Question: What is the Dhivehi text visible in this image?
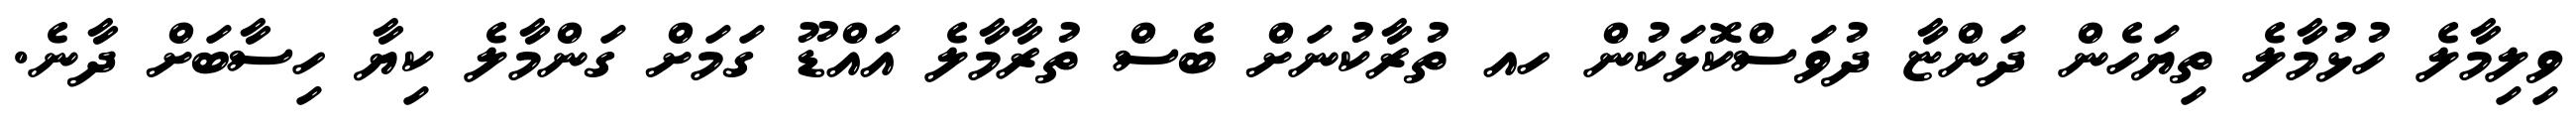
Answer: ވިލިމާލެ ހުޅުމާލެ ތިޔަހެން ދަންޏާ ދުވަސްކޮޅަކުން ހއ ތުރާކުނަށް ބެސް ތުރާމާލެ އައްޑޫ ގަމަށް ގަންމާލެ ކިޔާ ހިސާބަށް ދާނެ.